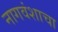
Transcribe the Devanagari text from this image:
नागवंशाचा